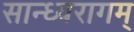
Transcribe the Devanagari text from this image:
सान्ध्यरागम्